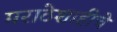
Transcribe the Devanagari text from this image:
मराठेशाहीचे